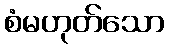
စံမဟုတ်သော